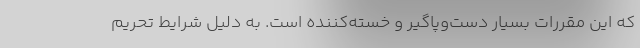
که این مقررات بسیار دست‌وپاگیر و خسته‌کننده است. به دلیل شرایط تحریم‌